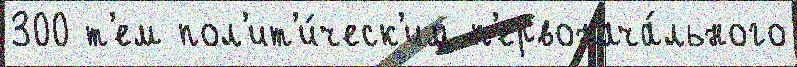
300 т'ем пол'ит'и́ческ'им п'ервонача́льного